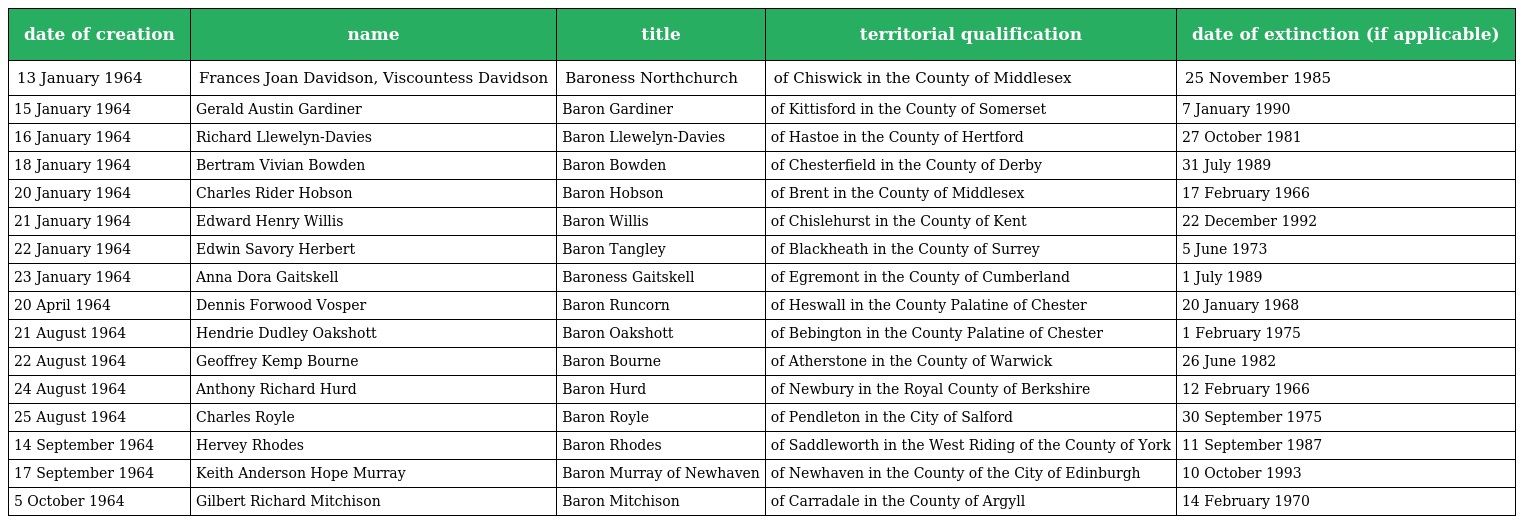
| date of creation | name | title | territorial qualification | date of extinction (if applicable) |
 | --- | --- | --- | --- | --- |
 | 13 January 1964 | Frances Joan Davidson, Viscountess Davidson | Baroness Northchurch | of Chiswick in the County of Middlesex | 25 November 1985 |
 | 15 January 1964 | Gerald Austin Gardiner | Baron Gardiner | of Kittisford in the County of Somerset | 7 January 1990 |
 | 16 January 1964 | Richard Llewelyn-Davies | Baron Llewelyn-Davies | of Hastoe in the County of Hertford | 27 October 1981 |
 | 18 January 1964 | Bertram Vivian Bowden | Baron Bowden | of Chesterfield in the County of Derby | 31 July 1989 |
 | 20 January 1964 | Charles Rider Hobson | Baron Hobson | of Brent in the County of Middlesex | 17 February 1966 |
 | 21 January 1964 | Edward Henry Willis | Baron Willis | of Chislehurst in the County of Kent | 22 December 1992 |
 | 22 January 1964 | Edwin Savory Herbert | Baron Tangley | of Blackheath in the County of Surrey | 5 June 1973 |
 | 23 January 1964 | Anna Dora Gaitskell | Baroness Gaitskell | of Egremont in the County of Cumberland | 1 July 1989 |
 | 20 April 1964 | Dennis Forwood Vosper | Baron Runcorn | of Heswall in the County Palatine of Chester | 20 January 1968 |
 | 21 August 1964 | Hendrie Dudley Oakshott | Baron Oakshott | of Bebington in the County Palatine of Chester | 1 February 1975 |
 | 22 August 1964 | Geoffrey Kemp Bourne | Baron Bourne | of Atherstone in the County of Warwick | 26 June 1982 |
 | 24 August 1964 | Anthony Richard Hurd | Baron Hurd | of Newbury in the Royal County of Berkshire | 12 February 1966 |
 | 25 August 1964 | Charles Royle | Baron Royle | of Pendleton in the City of Salford | 30 September 1975 |
 | 14 September 1964 | Hervey Rhodes | Baron Rhodes | of Saddleworth in the West Riding of the County of York | 11 September 1987 |
 | 17 September 1964 | Keith Anderson Hope Murray | Baron Murray of Newhaven | of Newhaven in the County of the City of Edinburgh | 10 October 1993 |
 | 5 October 1964 | Gilbert Richard Mitchison | Baron Mitchison | of Carradale in the County of Argyll | 14 February 1970 |